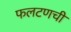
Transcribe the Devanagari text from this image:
फलटणची